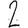
Digit: 2